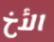
الأخ